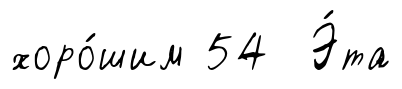
хоро́шим 54 Э́та